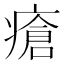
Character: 瘡